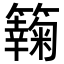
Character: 𥶶